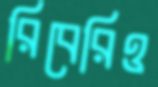
রিবেরিও